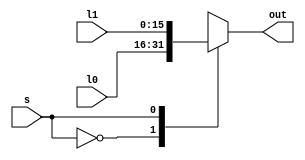
`timescale 1ns / 1ps
//////////////////////////////////////////////////////////////////////////////////
// Company: 
// Engineer: 
// 
// Design Name: 
// Module Name:    mpx16_2_1 
// Project Name: 
// Target Devices: 
// Tool versions: 
// Description: 
//
// Dependencies: 
//
// Revision: 
// Revision 0.01 - File Created
// Additional Comments: 
//
//////////////////////////////////////////////////////////////////////////////////
module mpx16_2_1(
    input [15:0] l0,
    input [15:0] l1,
    input s,
    output reg [15:0] out
    );

always @(*)
    case (s)
        0: out <= l0;
        1: out <= l1;
        default: out <= l1;
    endcase
endmodule